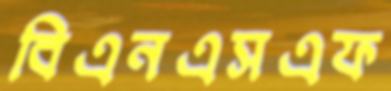
বিএনএসএফ